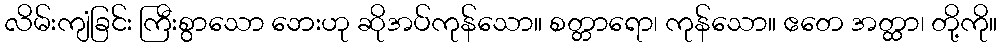
လိမ်းကျံခြင်း ကြီးစွာသော ဘေးဟု ဆိုအပ်ကုန်သော။ စတ္တာရော၊ ကုန်သော။ ဧတေ အတ္ထာ၊ တို့ကို။